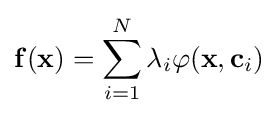
\mathbf {f} (\mathbf {x} )=\sum _{i=1}^{N}\lambda _{i}\varphi (\mathbf {x} ,\mathbf {c} _{i})